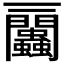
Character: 𧖔